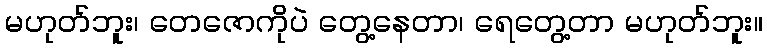
မဟုတ်ဘူး၊ တေဇောကိုပဲ တွေ့နေတာ၊ ရေတွေ့တာ မဟုတ်ဘူး။